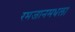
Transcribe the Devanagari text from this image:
रमजानमधला